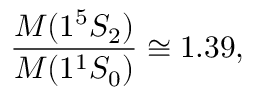
{ \frac { M ( 1 ^ { 5 } S _ { 2 } ) } { M ( 1 ^ { 1 } S _ { 0 } ) } } \cong 1 . 3 9 ,